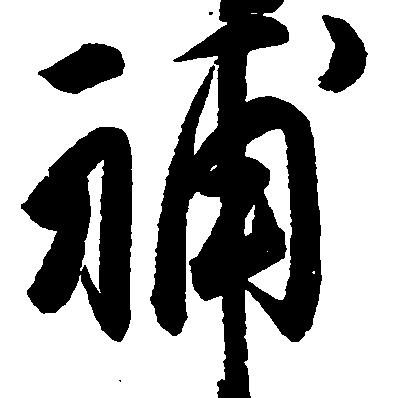
補